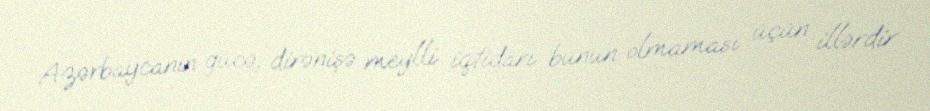
Azərbaycanın gücə, dirənişə meylli iqtidarı bunun olmaması üçün illərdir